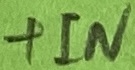
Text: +IN